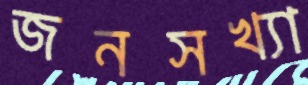
জনসখ্যা